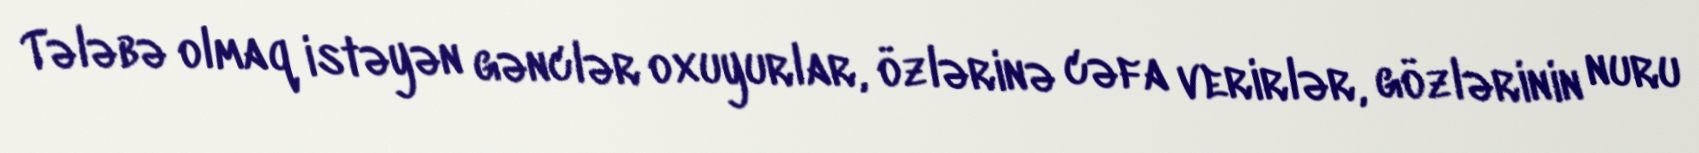
Tələbə olmaq istəyən gənclər oxuyurlar, özlərinə cəfa verirlər, gözlərinin nuru